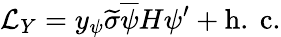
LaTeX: {\cal{L}}_{Y}=y_{\psi}\widetilde{\sigma}\overline{{{\psi}}}H\psi^{\prime}+\mathrm{h.~c.}